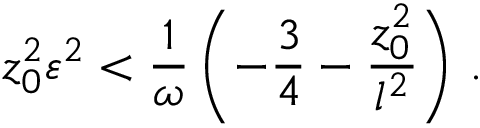
z _ { 0 } ^ { 2 } \varepsilon ^ { 2 } < { \frac { 1 } { \omega } } \left( - { \frac { 3 } { 4 } } - { \frac { z _ { 0 } ^ { 2 } } { l ^ { 2 } } } \right) \, .